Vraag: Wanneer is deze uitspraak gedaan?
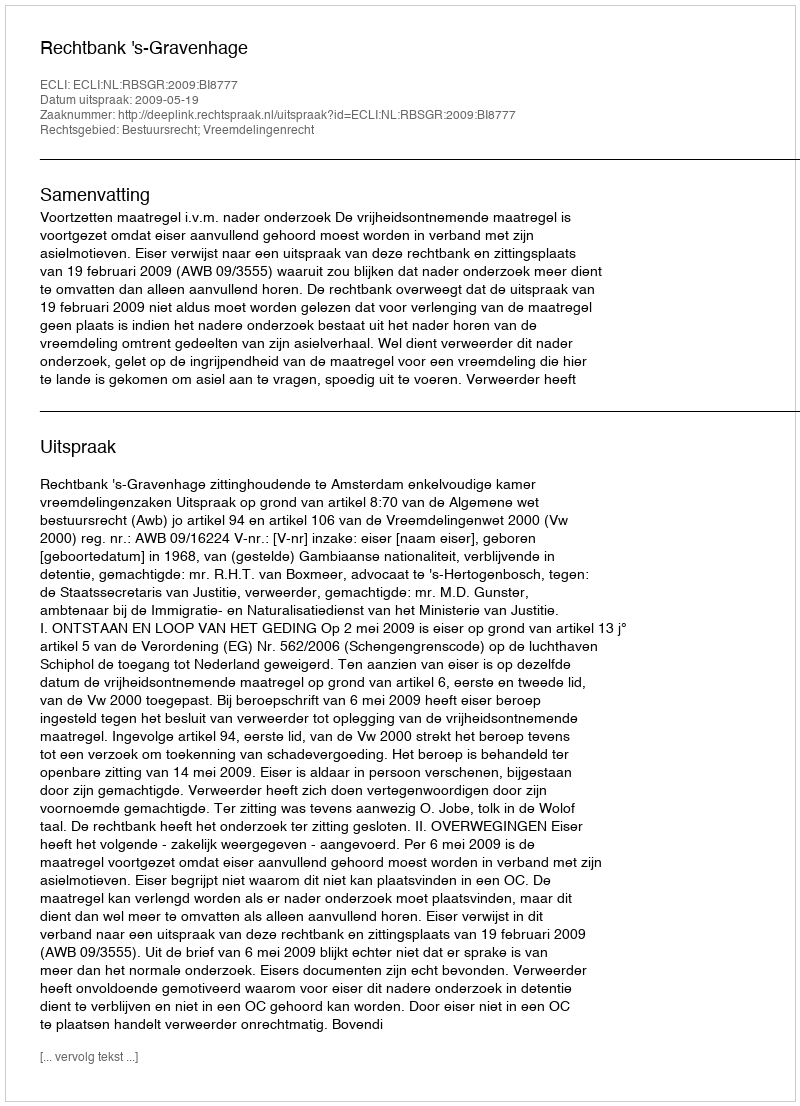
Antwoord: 2009-05-19